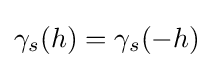
\gamma _{s}(h)=\gamma _{s}(-h)